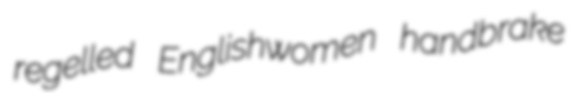
regelled Englishwomen handbrake